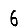
Digit: 6